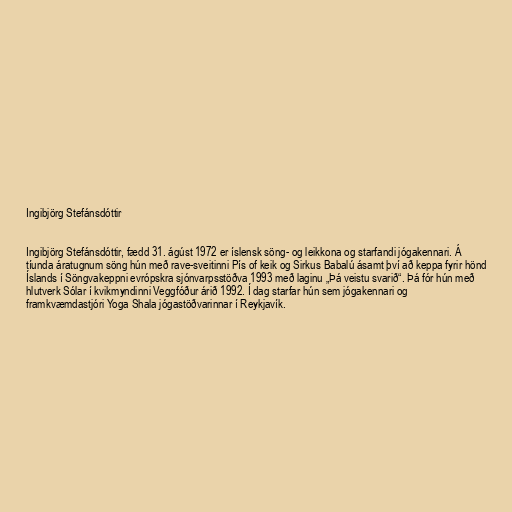
Ingibjörg Stefánsdóttir

Ingibjörg Stefánsdóttir, fædd 31. ágúst 1972 er íslensk söng- og leikkona og starfandi jógakennari. Á
tíunda áratugnum söng hún með rave-sveitinni Pís of keik og Sirkus Babalú ásamt því að keppa fyrir hönd
Íslands í Söngvakeppni evrópskra sjónvarpsstöðva 1993 með laginu „Þá veistu svarið“. Þá fór hún með
hlutverk Sólar í kvikmyndinni Veggfóður árið 1992. Í dag starfar hún sem jógakennari og
framkvæmdastjóri Yoga Shala jógastöðvarinnar í Reykjavík.